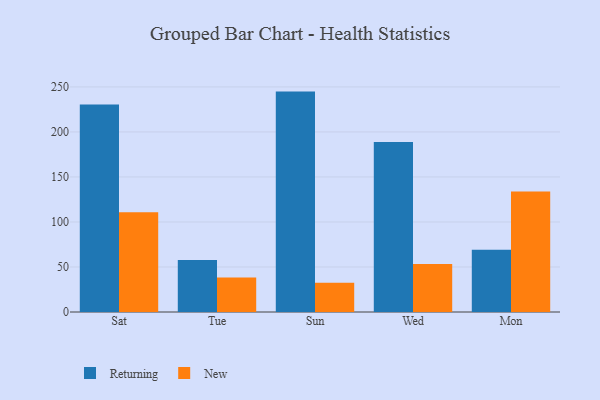
{"axis": {"x": "Day", "y": "Latency (ms)"}, "legend": ["New", "Returning"], "data": [{"x": "Sat", "y": 230.6, "type": "Returning"}, {"x": "Sat", "y": 110.9, "type": "New"}, {"x": "Tue", "y": 57.7, "type": "Returning"}, {"x": "Tue", "y": 38.4, "type": "New"}, {"x": "Sun", "y": 244.8, "type": "Returning"}, {"x": "Sun", "y": 32.6, "type": "New"}, {"x": "Wed", "y": 188.8, "type": "Returning"}, {"x": "Wed", "y": 53.2, "type": "New"}, {"x": "Mon", "y": 69.1, "type": "Returning"}, {"x": "Mon", "y": 133.9, "type": "New"}]}